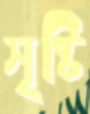
সৃষ্টি